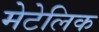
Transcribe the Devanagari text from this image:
मेटेलिक